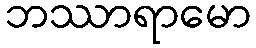
ဘဿာရာမော